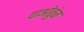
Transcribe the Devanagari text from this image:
पाओतुंग